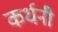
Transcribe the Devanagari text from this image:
कर्धनी